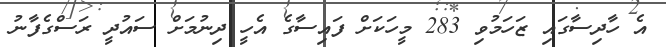
އެ ހާދިސާގައި ޒަހަމުވި 283 މީހަކަށް ފައިސާގެ އެހީ ދިނުމަށް ސައުދީ ރަސްގެފާނު